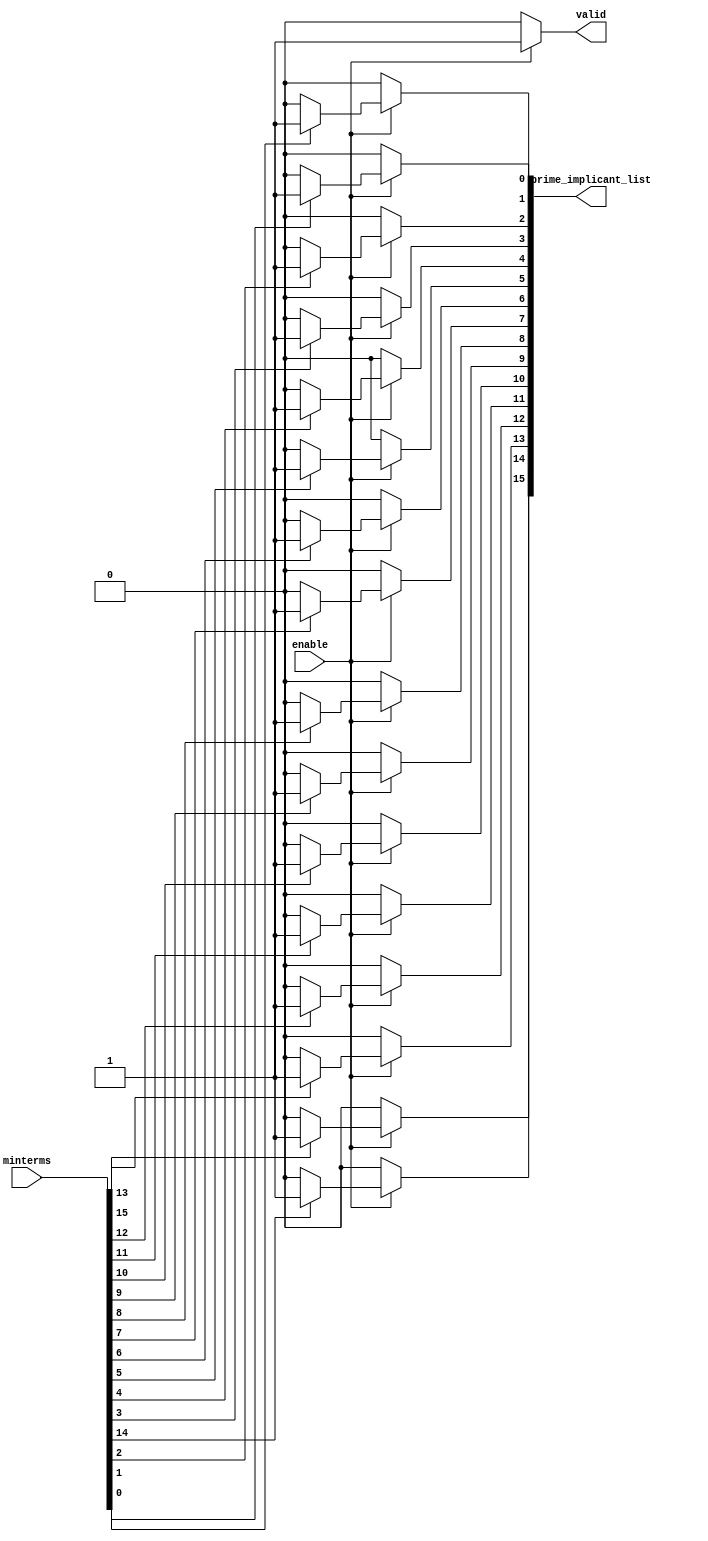
module prime_implicants (
    input wire [15:0] minterms,   // 16 minterms as input
    input wire enable,            // Enable signal for processing
    output reg [15:0] prime_implicant_list, // Output for prime implicants
    output reg valid              // Valid output signal
);

    // Internal signals
    reg [15:0] current_minterms;
    reg [15:0] temp_minterms;
    integer i, j;  // Loop iterators

    // Combinational Logic
    always @* begin
        if (enable) begin
            // Initialize outputs
            prime_implicant_list = 16'b0;
            valid = 1'b0;

            // Copy input minterms to current_minterms for processing
            current_minterms = minterms;

            // Simple example: iterate to identify prime implicants
            for (i = 0; i < 16; i = i + 1) begin
                if (current_minterms[i]) begin
                    prime_implicant_list[i] = 1'b1; // Mark minterm as prime implicant
                end
            end

            // Assuming some logic to combine and identify actual prime implicants
            // In practice, you would implement the complete algorithm here
            // This code is just a placeholder to show the structure.

            // For now, we will just set 'valid' signal to indicate output is ready
            valid = 1'b1;
        end else begin
            // If not enabled, reset outputs
            prime_implicant_list = 16'b0;
            valid = 1'b0;
        end
    end

endmodule